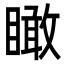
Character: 瞰